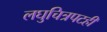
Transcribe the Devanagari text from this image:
लघुचित्रपटही